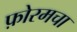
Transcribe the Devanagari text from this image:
फ़ोरमचा